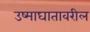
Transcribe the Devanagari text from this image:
उष्माघातावरील